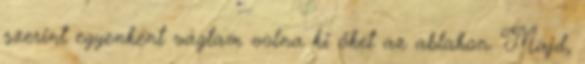
szerint egyenként vágtam volna ki őket az ablakon. Majd,